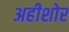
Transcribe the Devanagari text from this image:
अहीशोर